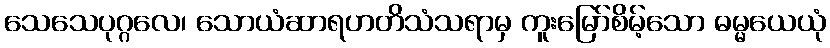
သေသေပုဂ္ဂလေ၊ သောယံဆာရဟတိသံသရာမှ ကူးမြော်စိမ့်သော ဓမ္မယေယုံ